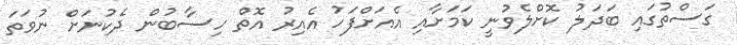
ގަސްތުގައި ބަދަލު ކޮށްލެވުނީ ކަމަށާއި އެއަށްފަހު އެއިރު އޮތް ހިސާބުން ދެކުނަށް ނުވަތަ